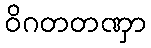
ဝိဂတတဏှာ